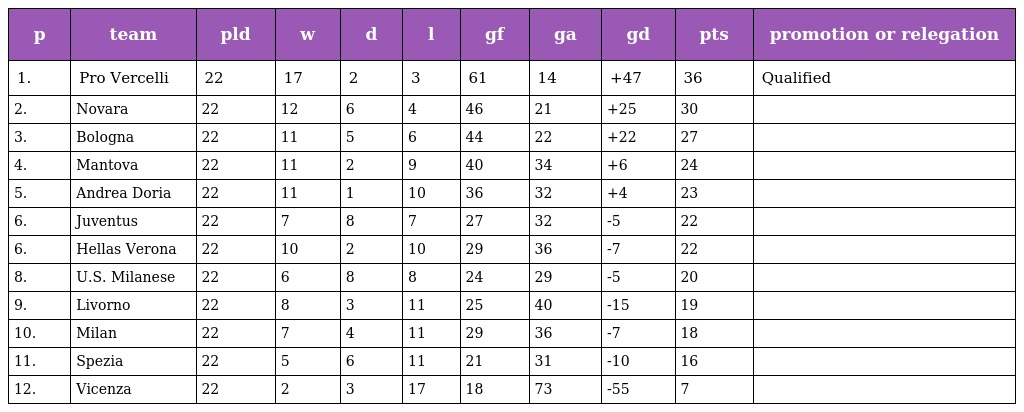
| p | team | pld | w | d | l | gf | ga | gd | pts | promotion or relegation |
 | --- | --- | --- | --- | --- | --- | --- | --- | --- | --- | --- |
 | 1. | Pro Vercelli | 22 | 17 | 2 | 3 | 61 | 14 | +47 | 36 | Qualified |
 | 2. | Novara | 22 | 12 | 6 | 4 | 46 | 21 | +25 | 30 |  |
 | 3. | Bologna | 22 | 11 | 5 | 6 | 44 | 22 | +22 | 27 |  |
 | 4. | Mantova | 22 | 11 | 2 | 9 | 40 | 34 | +6 | 24 |  |
 | 5. | Andrea Doria | 22 | 11 | 1 | 10 | 36 | 32 | +4 | 23 |  |
 | 6. | Juventus | 22 | 7 | 8 | 7 | 27 | 32 | -5 | 22 |  |
 | 6. | Hellas Verona | 22 | 10 | 2 | 10 | 29 | 36 | -7 | 22 |  |
 | 8. | U.S. Milanese | 22 | 6 | 8 | 8 | 24 | 29 | -5 | 20 |  |
 | 9. | Livorno | 22 | 8 | 3 | 11 | 25 | 40 | -15 | 19 |  |
 | 10. | Milan | 22 | 7 | 4 | 11 | 29 | 36 | -7 | 18 |  |
 | 11. | Spezia | 22 | 5 | 6 | 11 | 21 | 31 | -10 | 16 |  |
 | 12. | Vicenza | 22 | 2 | 3 | 17 | 18 | 73 | -55 | 7 |  |